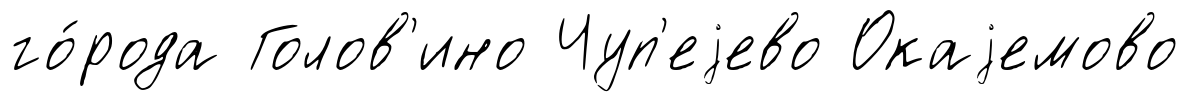
го́рода Голов'ино Чуп'еjево Окаjемово